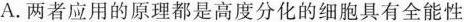
A.两者应用的原理都是高度分化的细胞具有全能性